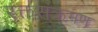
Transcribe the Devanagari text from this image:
रक्तसंक्रमण